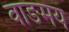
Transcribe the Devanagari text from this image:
वाङमय